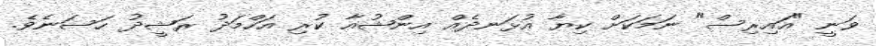
ވަނީ "އައިރިސް" ނަމަކަށް ކިޔާ އުޅަނދެއް އިންޝުއާ ކުރި އަހްމަދު ރަޝީދު ހަސަނެވެ.